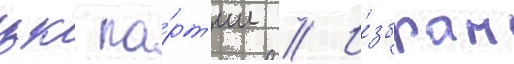
цк па́рт'ии // И́збран